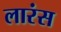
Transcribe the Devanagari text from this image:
लारंस